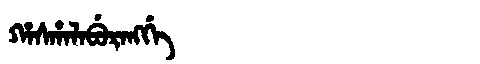
Manchu: ᡥᠠᠰᡥᠠᠯᠠᠪᡠᡵᠠᠩᡤᡝ
Romanization: HASHALABURANGGE